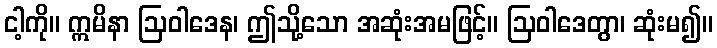
ငါ့ကို။ ဣမိနာ ဩဝါဒေန၊ ဤသို့သော အဆုံးအမဖြင့်။ ဩဝါဒေတွာ၊ ဆုံးမ၍။